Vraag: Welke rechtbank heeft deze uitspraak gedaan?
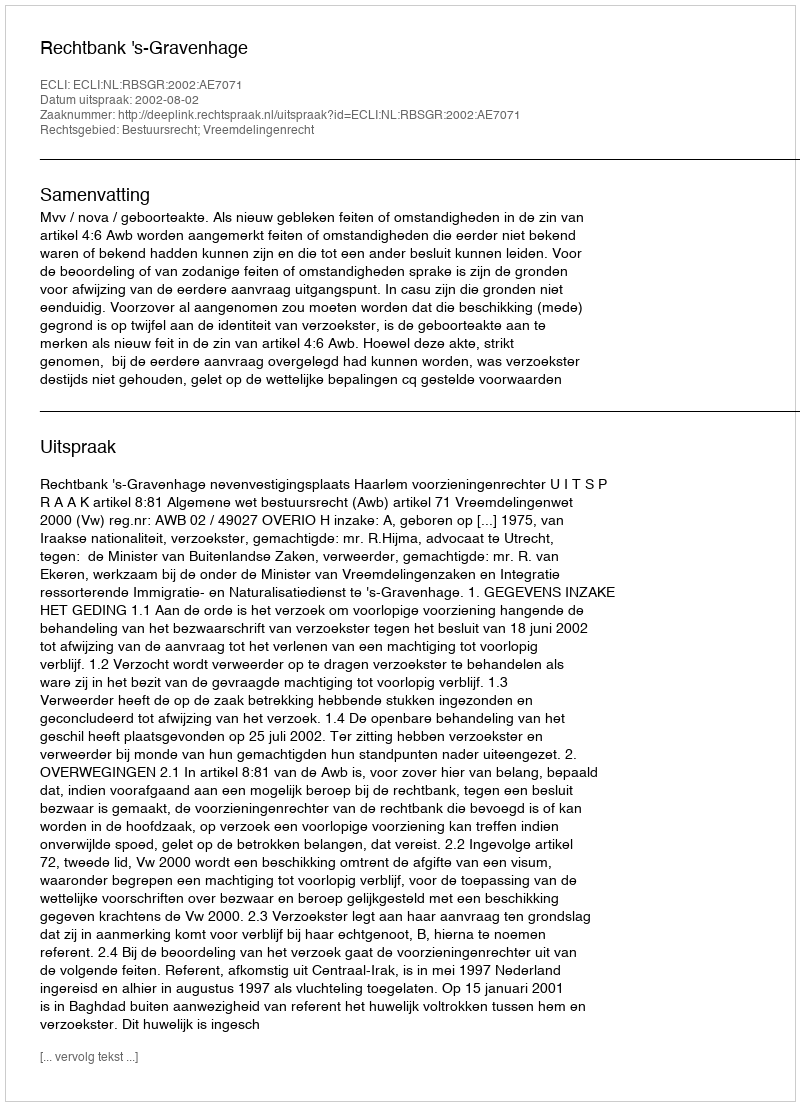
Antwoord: Rechtbank 's-Gravenhage